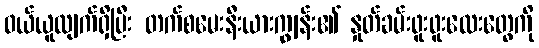
ဝယ်ယူလျက်ရှိပြီး တက်စမေးနီးယားကျွန်း၏ နှုတ်ခမ်းဖူးဖူးလေးတွေကို